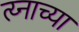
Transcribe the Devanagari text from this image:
त्य्नाच्या